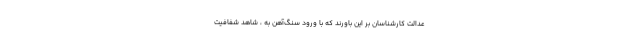
عدالت کارشناسان بر این باورند که با ورود سنگ‌آهن به ، شاهد شفافیت